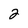
Character: 2